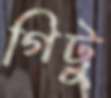
গিট্টু